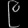
Digit: ၉